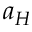
a _ { H }